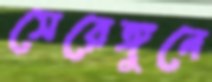
সেরেঙ্গুনে